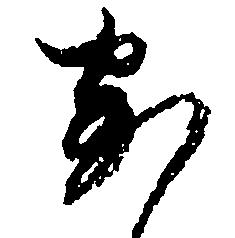
安